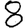
Digit: 8